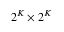
2 ^ { K } \times 2 ^ { K }